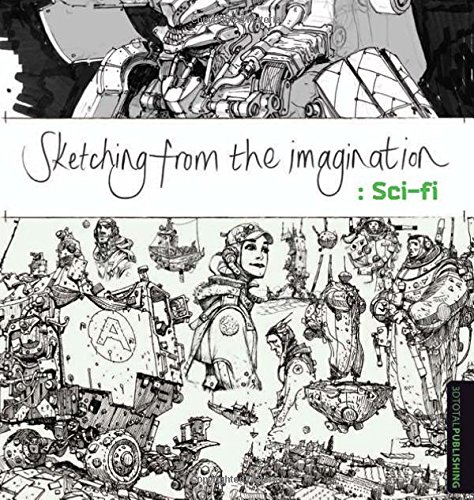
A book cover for Sketching from the Imagination: Sci-fi; Arts & Photography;